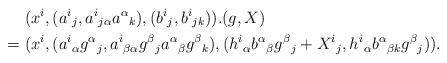
\begin{align*}&\hphantom{{}={}}(x^i,(a^i{}_j,a^i{}_{j\alpha}a^\alpha{}_k),(b^i{}_j,b^i{}_{jk})).(g,X)\\*&=(x^i,(a^i{}_\alpha g^\alpha{}_j,a^i{}_{\beta\alpha}g^\beta{}_ja^\alpha{}_\beta g^\beta{}_k),(h^i{}_\alpha b^\alpha{}_\beta g^\beta{}_j+X^i{}_j,h^i{}_\alpha b^\alpha{}_{\beta k}g^\beta{}_j)).\end{align*}